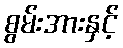
စွမ်းအားနှင့်